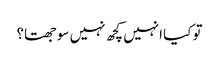
تو کیا انہیں کچھ نہیں سوجھتا؟